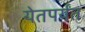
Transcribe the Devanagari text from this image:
येतपर्यंत